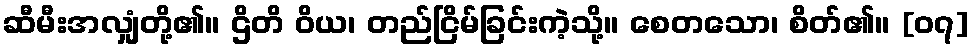
ဆီမီးအလျှံတို့၏။ ဌိတိ ဝိယ၊ တည်ငြိမ်ခြင်းကဲ့သို့။ စေတသော၊ စိတ်၏။ [၀၇]